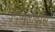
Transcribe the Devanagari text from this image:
दिप्युतादोस